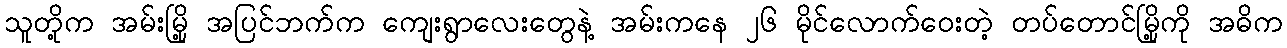
သူတို့က အမ်းမြို့ အပြင်ဘက်က ကျေးရွာလေးတွေနဲ့ အမ်းကနေ ၂၆ မိုင်လောက်ဝေးတဲ့ တပ်တောင်မြို့ကို အဓိက